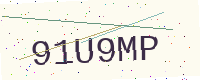
Text: 91U9MP